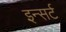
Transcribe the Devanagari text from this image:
इन्सर्ट